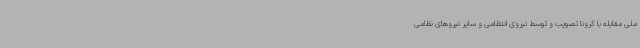
ملی مقابله با کرونا تصویب و توسط نیروی انتظامی و سایر نیروهای نظامی